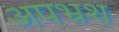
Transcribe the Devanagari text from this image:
अपभ्रश